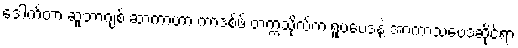
ဒေါက်တာ ဆူဘာဂျစ် ဆာကာဟာ ကာဒစ်ဖ် တက္ကသိုလ်က ရူပဗေဒနဲ့ အာကာသဗေဒဆိုင်ရာ